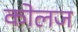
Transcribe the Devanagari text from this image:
कोलज